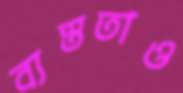
ব্যস্ততাও